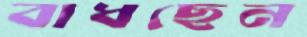
বাধছেন